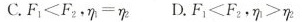
C.$$F _ { 1 } < F _ { 2 }$$，$$η _ { 1 } = η _ { 2 }$$ D.$$F _ { 1 } < F_ { 2 }$$，$$η _ { 1 } > η _ { 2 }$$